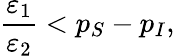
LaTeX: \frac{\varepsilon_{1}}{\varepsilon_{2}}<p_{S}-p_{I},